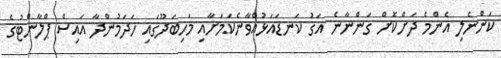
ކަންނެލި އެންމެ ދަށްކޮށް ގަންނާނެ އަގު ކަނޑައަޅުއްވާނެކަމަށާއި މަހިބަދޫގައި ހަދަމުންދާ އައިސް ޕްލާންޓުގެ